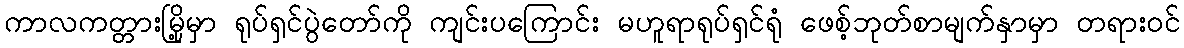
ကာလကတ္တားမြို့မှာ ရုပ်ရှင်ပွဲတော်ကို ကျင်းပကြောင်း မဟူရာရုပ်ရှင်ရုံ ဖေစ့်ဘုတ်စာမျက်နှာမှာ တရားဝင်